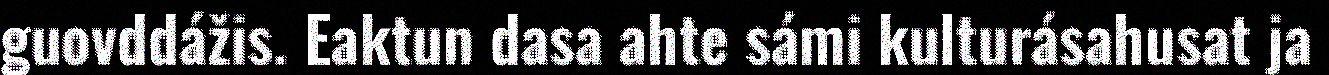
guovddážis. Eaktun dasa ahte sámi kulturásahusat ja